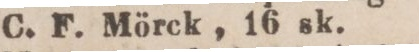
C. F. Mörck, 16 sk.